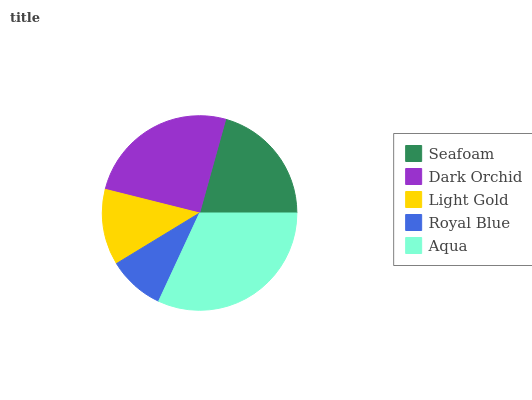
| Seafoam | Dark Orchid | Light Gold | Royal Blue | Aqua |
 | --- | --- | --- | --- | --- |
 | 20.7% | 25.4% | 12.6% | 9.38% | 31.9% |